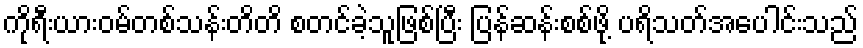
ကိုရီးယားဝမ်တစ်သန်းတိတိ စတင်ခဲ့သူဖြစ်ပြီး ပြန်ဆန်းစစ်ဖို့ ပရိသတ်အပေါင်းသည်